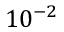
1 0 ^ { - 2 }